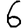
Digit: 6